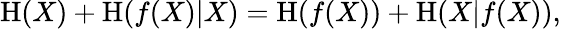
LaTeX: \mathrm{H}(X)+\mathrm{H}(f(X)|X)=\mathrm{H}(f(X))+\mathrm{H}(X|f(X)),